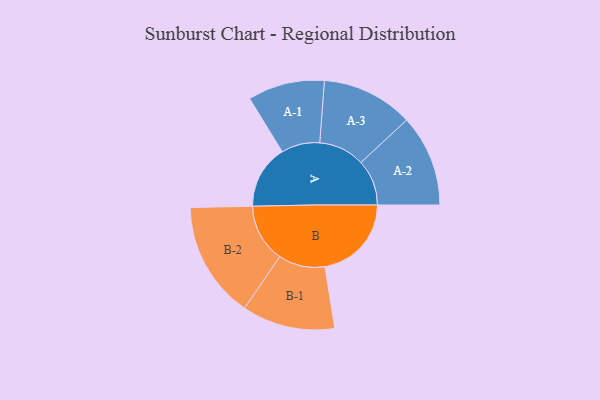
{"axis": {"x": "Segment", "y": "Value"}, "legend": ["", "A", "B"], "data": [{"x": "A", "y": 285, "type": ""}, {"x": "B", "y": 387, "type": ""}, {"x": "A-1", "y": 172, "type": "A"}, {"x": "A-2", "y": 205, "type": "A"}, {"x": "A-3", "y": 205, "type": "A"}, {"x": "B-1", "y": 208, "type": "B"}, {"x": "B-2", "y": 261, "type": "B"}]}